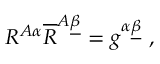
R ^ { A \alpha } \overline { { R } } ^ { A \underline { { \beta } } } = g ^ { \alpha \underline { { \beta } } } \ ,